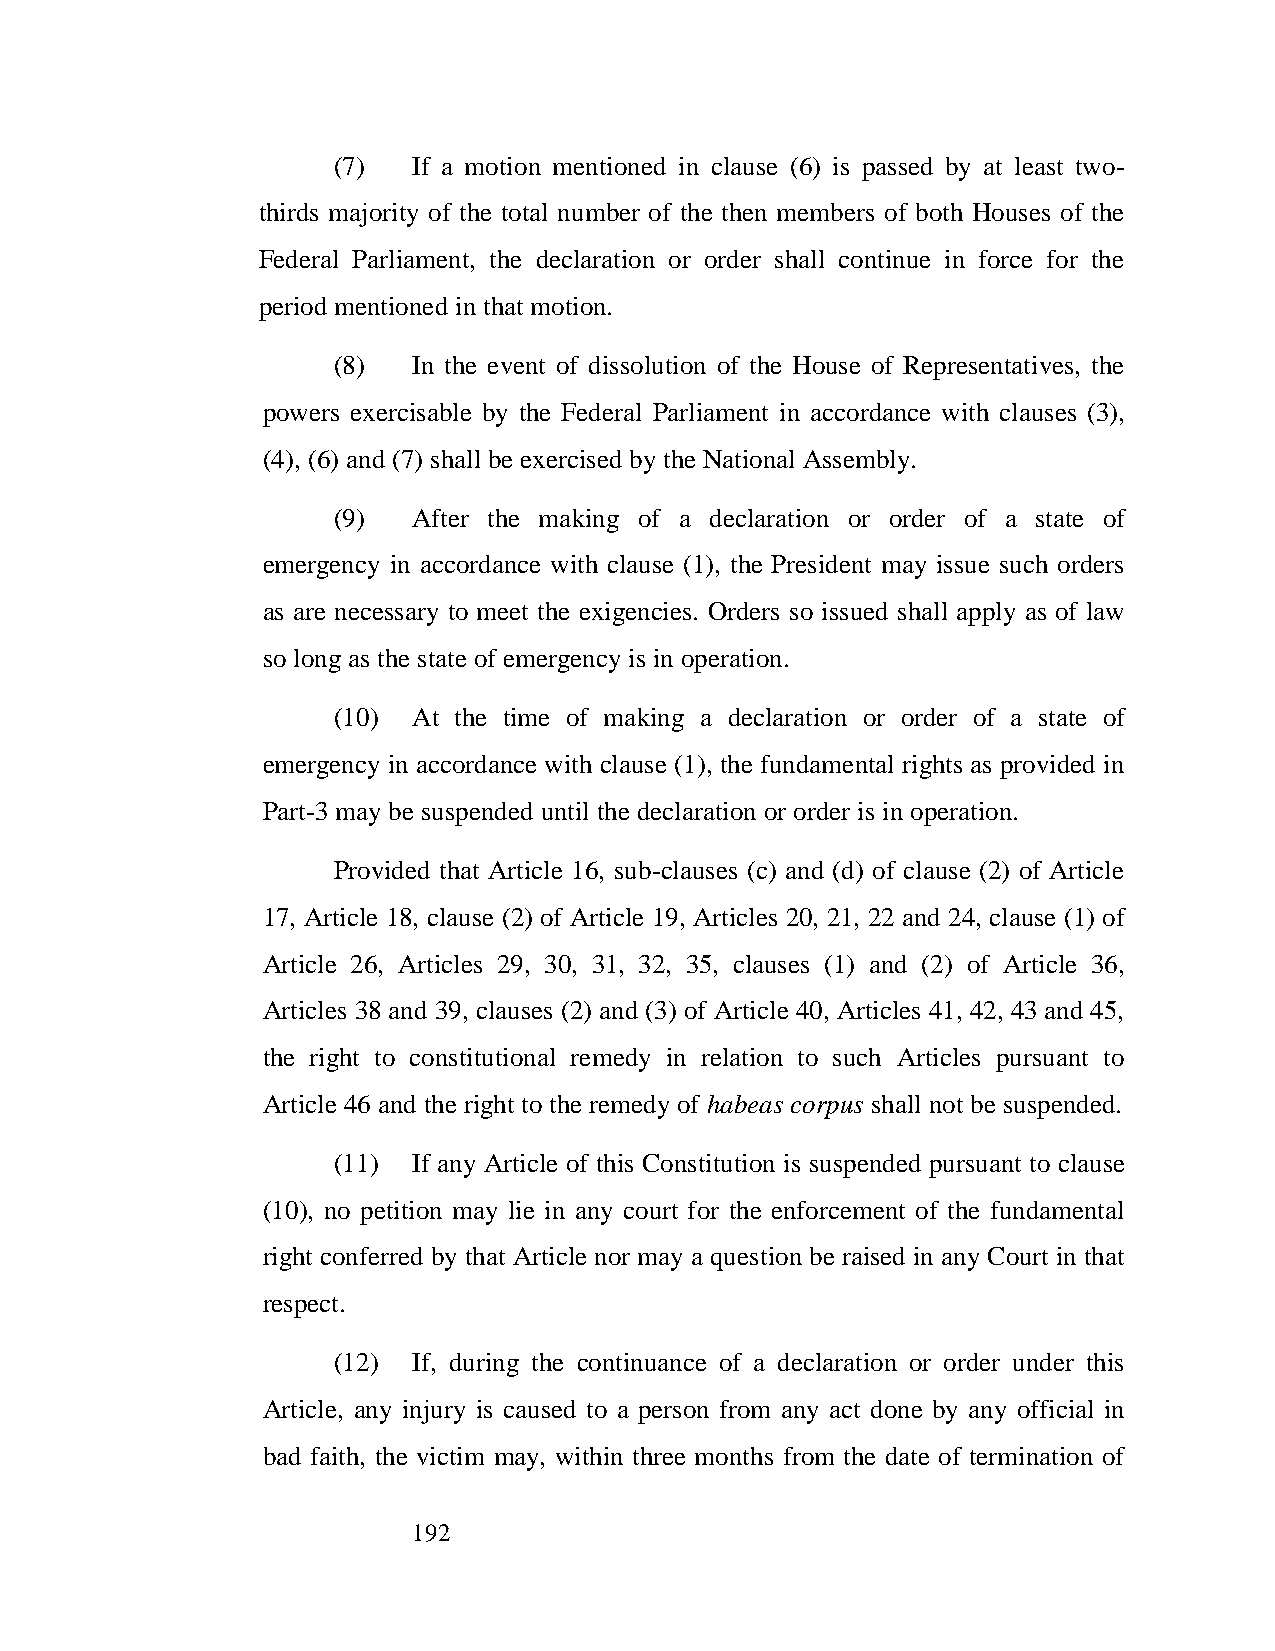
(7)  If a motion mentioned in clause (6) is passed by at least two-
 thirds majority of the total number of the then members of both Houses of the
 Federal Parliament, the declaration or order shall continue in force for the
 period mentioned in that motion.
 (8)  In the event of dissolution of the House of Representatives, the
 powers exercisable by the Federal Parliament in accordance with clauses (3),
 (4), (6) and (7) shall be exercised by the National Assembly.
 (9)  After the making of a declaration or order of a state of
 emergency in accordance with clause (1), the President may issue such orders
 as are necessary to meet the exigencies. Orders so issued shall apply as of law
 so long as the state of emergency is in operation.
 (10) At the time of making a declaration or order of a state of
 emergency in accordance with clause (1), the fundamental rights as provided in
 Part-3 may be suspended until the declaration or order is in operation.
 Provided that Article 16, sub-clauses (c) and (d) of clause (2) of Article
 17, Article 18, clause (2) of Article 19, Articles 20, 21, 22 and 24, clause (1) of
 Article 26, Articles 29, 30, 31, 32, 35, clauses (1) and (2) of Article 36,
 Articles 38 and 39, clauses (2) and (3) of Article 40, Articles 41, 42, 43 and 45,
 the right to constitutional remedy in relation to such Articles pursuant to
 Article 46 and the right to the remedy of habeas corpus shall not be suspended.
 (11) If any Article of this Constitution is suspended pursuant to clause
 (10), no petition may lie in any court for the enforcement of the fundamental
 right conferred by that Article nor may a question be raised in any Court in that
 respect.
 (12) If, during the continuance of a declaration or order under this
 Article, any injury is caused to a person from any act done by any official in
 bad faith, the victim may, within three months from the date of termination of
 192